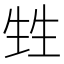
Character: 甡